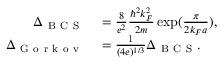
\begin{array} { r l } { \Delta _ { \mathrm { ~ B ~ C ~ S ~ } } } & { { } = \frac { 8 } { e ^ { 2 } } \frac { \hbar ^ { 2 } k _ { F } ^ { 2 } } { 2 m } \exp ( \frac { \pi } { 2 k _ { F } a } ) , } \\ { \Delta _ { \mathrm { ~ G ~ o ~ r ~ k ~ o ~ v ~ } } } & { { } = \frac { 1 } { ( 4 e ) ^ { 1 / 3 } } \Delta _ { \mathrm { ~ B ~ C ~ S ~ } } . } \end{array}